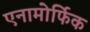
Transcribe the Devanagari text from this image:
एनामोर्फिक